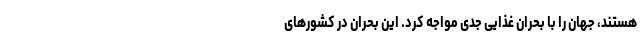
هستند، جهان را با بحران غذایی جدی مواجه کرد. این بحران در کشورهای